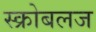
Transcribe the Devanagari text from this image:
स्क्रोबलज